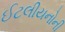
ઈટલીયનોની